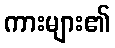
ကားများ၏